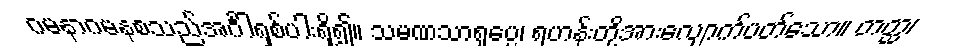
ဂမနာဂမနစသည်အင်္ဂါရှစ်ပါးရှိ၍။ သမဏသာရုပ္ပေ၊ ရဟန်းတို့အားလျောက်ပတ်သော။ တတ္ထ၊